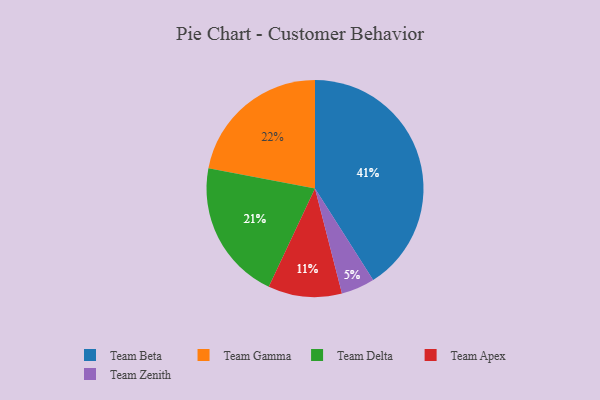
{"axis": {"x": "Category", "y": "Percentage"}, "legend": ["Team Apex", "Team Beta", "Team Delta", "Team Gamma", "Team Zenith"], "data": [{"x": "Team Apex", "y": 11, "type": "Team Apex"}, {"x": "Team Delta", "y": 21, "type": "Team Delta"}, {"x": "Team Beta", "y": 41, "type": "Team Beta"}, {"x": "Team Gamma", "y": 22, "type": "Team Gamma"}, {"x": "Team Zenith", "y": 5, "type": "Team Zenith"}]}